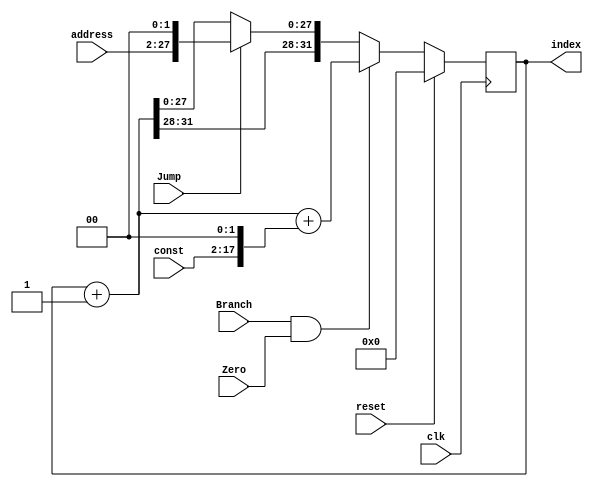
module PC(clk, reset, index, Jump, Branch, Zero, address, const);
input clk,reset;
//input [31:0]index;
output reg [31:0]index;
input Jump,Branch, Zero;
input  [25:0]address;
input  [15:0]const;
reg [31:0]jump_address;
reg [31:0]branch_address;

always @ (posedge clk)
begin
	if(reset == 1)
	begin
		index = 0;
	end
	else
	begin
    index = index + 1;
    branch_address = index + (const << 2);
    jump_address = address << 2;
    jump_address[31:28] = index [31:28];

    if(Branch & Zero)
    begin
        index = branch_address;
    end
    else if (Jump == 1)
    begin
        index = jump_address;
    end
    else
        index = index;
	end
end

endmodule